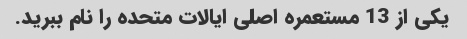
یکی از 13 مستعمره اصلی ایالات متحده را نام ببرید.